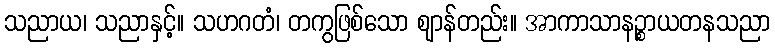
သညာယ၊ သညာနှင့်။ သဟဂတံ၊ တကွဖြစ်သော ဈာန်တည်း။ အာကာသာနဉ္စာယတနသညာ